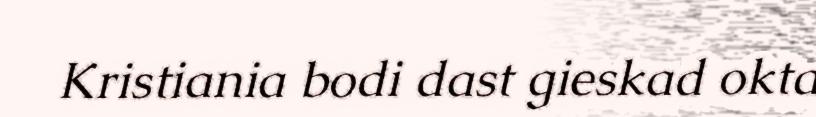
Kristiania bodi dast gieskad okta